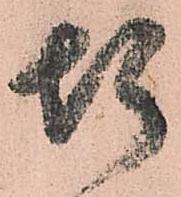
惶